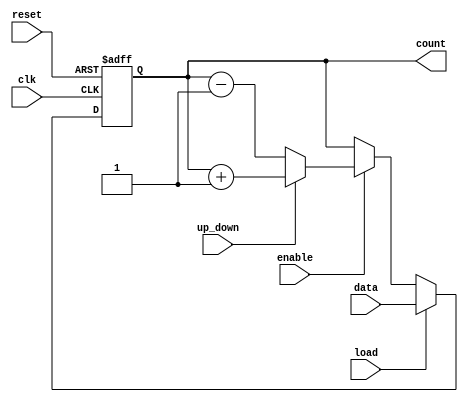
module synchronous_load_counter (
    input wire clk,          // Clock signal
    input wire reset,        // Asynchronous reset signal
    input wire load,         // Load signal
    input wire [7:0] data,   // Data input for loading
    input wire enable,       // Count enable signal
    input wire up_down,      // Direction control: 1 for up, 0 for down
    output reg [7:0] count   // Current count output
);

    // Predefined reset value
    parameter RESET_VALUE = 8'b00000000;

    always @(posedge clk or posedge reset) begin
        if (reset) begin
            // Reset the counter to the predefined value
            count <= RESET_VALUE;
        end else if (load) begin
            // Load the counter with the data input
            count <= data;
        end else if (enable) begin
            // Increment or decrement the counter based on the up_down signal
            if (up_down) begin
                count <= count + 1; // Increment
            end else begin
                count <= count - 1; // Decrement
            end
        end
        // If enable is not asserted, count retains its value
    end

endmodule